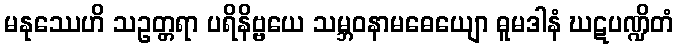
မနုဿေဟိ သဥတ္တရာ ပရိနိဗ္ဗယေ သမ္ဘဝနာမဓေယျော ဓူမဒါနံ ဃဋပဏ္ဍိတံ